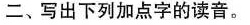
二、写出下列加点字的读音。